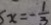
x = - \frac { 1 } { 3 }